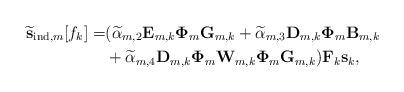
LaTeX: \begin{align*} { \widetilde{\bf s}}_{\textrm{ind},m}[f_k]=&(\widetilde{\alpha}_{m,2}{\bf E}_{m,k}{\bf\Phi}_m{\bf G}_{m,k} +\widetilde{\alpha}_{m,3}{\bf D}_{m,k}{\bf\Phi}_m{\bf B}_{m,k} \\ & +\widetilde{\alpha}_{m,4}{\bf D}_{m,k}{\bf\Phi}_m{\bf W}_{m,k}{\bf\Phi}_m{\bf G}_{m,k}){\bf F}_k{\bf s}_k,\end{align*}